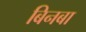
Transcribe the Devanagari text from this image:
बिनबा